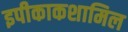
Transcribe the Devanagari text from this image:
इपीकाकशामिल